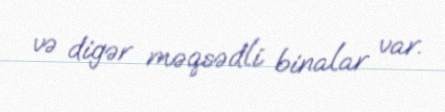
və digər məqsədli binalar var.